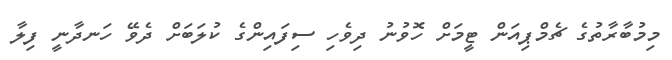
މިމުބާރާތުގެ ޗެމްޕިއަން ޓީމަށް ހޮވުނު ދިވެހި ސިފައިންގެ ކުލަބަށް ދެވޭ ހަނދާނީ ފިލާ